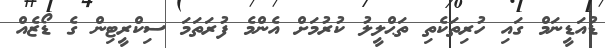
ޑުއަޑީނަމް ގައި ހުރިތަކެތި ތަޙްލީލު ކުރުމަށް އެންމެ ފުރަތަމަ ސިކްރީޓިން ގެ ޑޯޒެއް